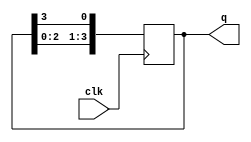
module johnson_counter
  #(
    parameter N = 4
  )(
    input wire clk,
    output wire [N-1:0] q
  );

  reg [N-1:0] state;

  always @(posedge clk) begin
    state <= {state[N-2:0], state[N-1]};
  end

  assign q = state;

endmodule